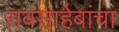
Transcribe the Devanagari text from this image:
रावसाहेबांचा